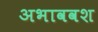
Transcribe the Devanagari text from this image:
अभाववश